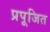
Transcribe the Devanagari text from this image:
प्रपूजित